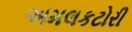
અમલકટોરી